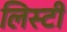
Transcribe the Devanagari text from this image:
लिस्टी